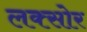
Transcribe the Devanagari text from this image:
लक्सोर